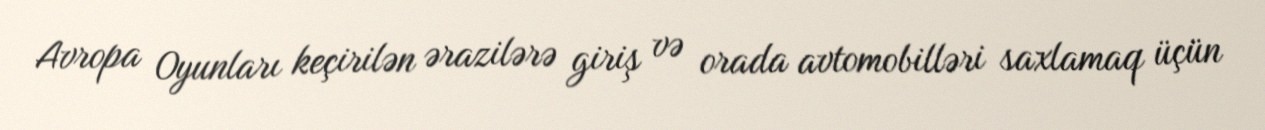
Avropa Oyunları keçirilən ərazilərə giriş və orada avtomobilləri saxlamaq üçün